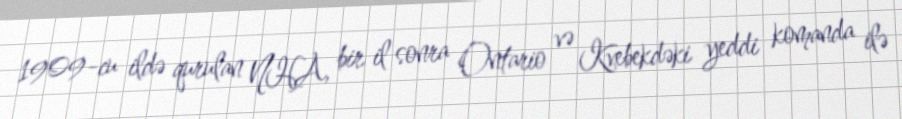
1909-cu ildə qurulan NHA, bir il sonra Ontario və Kvebekdəki yeddi komanda ilə